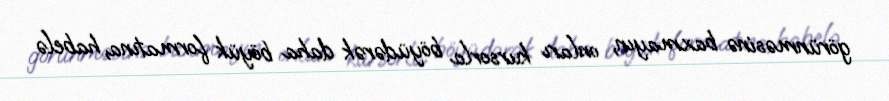
görünməsinə baxmayın, onları kursorla böyüdərək daha böyük formatına, habelə